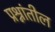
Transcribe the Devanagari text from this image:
प्रश्नांतील